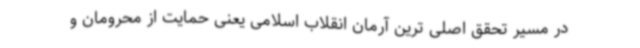
در مسیر تحقق اصلی ترین آرمان انقلاب اسلامی یعنی حمایت از محرومان و